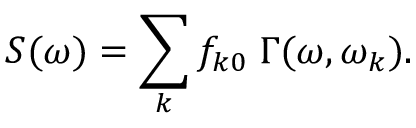
S ( \omega ) = \sum _ { k } f _ { k 0 } \; \Gamma ( \omega , \omega _ { k } ) .